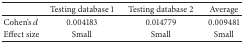
<table><thead><tr><td><b> </b></td><td><b>Testing database 1</b></td><td><b>Testing database 2</b></td><td><b>Average</b></td></tr></thead><tbody><tr><td>Cohen&#x27;s <i>d</i></td><td>0.004183</td><td>0.014779</td><td>0.009481</td></tr><tr><td>Effect size</td><td>Small</td><td>Small</td><td>Small</td></tr></tbody></table>